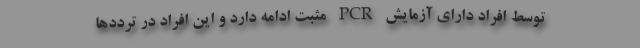
توسط افراد دارای آزمایش PCR مثبت ادامه دارد و این افراد در ترددها